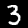
Digit: 3